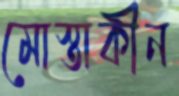
মোস্তাকীন